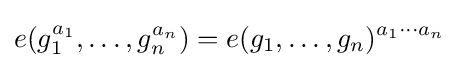
e(g_{1}^{a_{1}},\dots ,g_{n}^{a_{n}})=e(g_{1},\dots ,g_{n})^{a_{1}\cdots a_{n}}